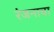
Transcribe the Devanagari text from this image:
रंजनाचा